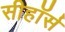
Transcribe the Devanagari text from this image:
सीहॉर्स